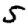
Digit: 5